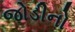
જોડીનો